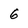
Character: 6